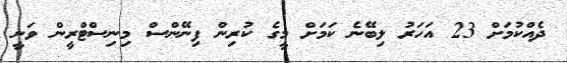
ދެއްކުމަށް 23 އަހަރު ލިބޭނެ ކަމަށް މީގެ ކުރިން ފިނޭންސް މިނިސްޓްރީން ވަނީ